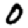
Digit: 0